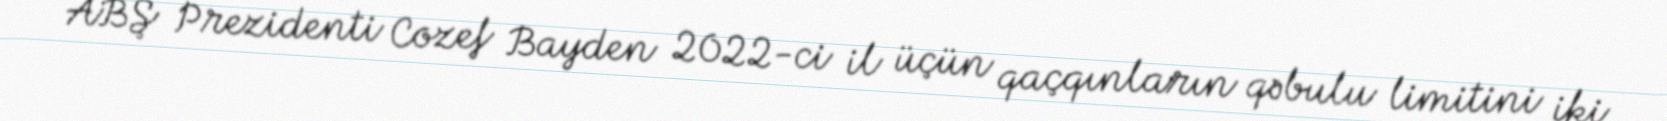
ABŞ Prezidenti Cozef Bayden 2022-ci il üçün qaçqınların qəbulu limitini iki